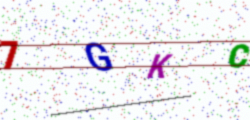
Text: 7GKC